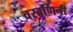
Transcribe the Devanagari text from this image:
वरवर्णिनी